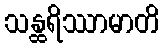
သန္ထရိဿာမာတိ